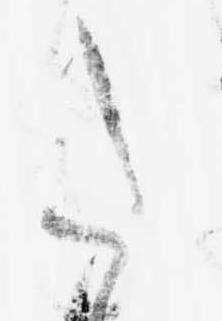
た